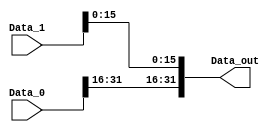
module Store_Size (
	input wire [31:0] Data_0, //mdr
	input wire [31:0] Data_1, //b
	output wire [31:0] Data_out
);

	assign Data_out = {Data_0[31:16], Data_1[15:0]};

endmodule